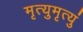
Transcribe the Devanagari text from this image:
मृत्युमृत्युं